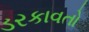
ડરકાવતો